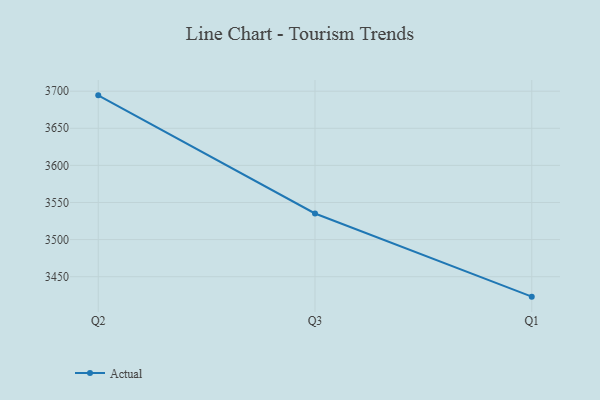
{"axis": {"x": "Quarter", "y": "Active Users"}, "legend": ["Actual"], "data": [{"x": "Q2", "y": 3694.4, "type": "Actual"}, {"x": "Q3", "y": 3535.2, "type": "Actual"}, {"x": "Q1", "y": 3423.1, "type": "Actual"}]}